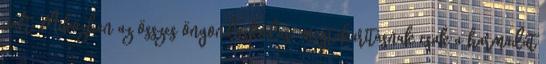
vált. Miközben az összes öngondoskodási megtakarításnak csak a harmadát